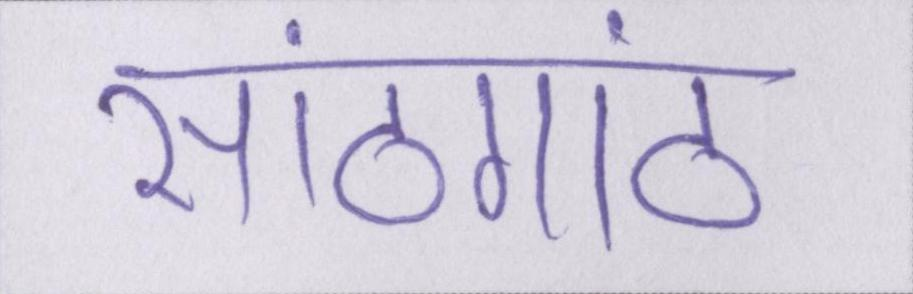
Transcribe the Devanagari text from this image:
सांठगांठ